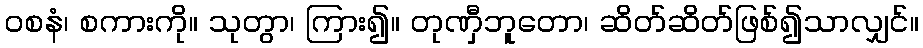
ဝစနံ၊ စကားကို။ သုတွာ၊ ကြား၍။ တုဏှီဘူတော၊ ဆိတ်ဆိတ်ဖြစ်၍သာလျှင်။